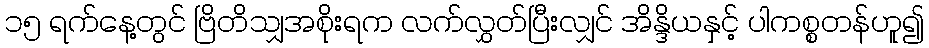
၁၅ ရက်နေ့တွင် ဗြိတိသျှအစိုးရက လက်လွှတ်ပြီးလျှင် အိန္ဒိယနှင့် ပါကစ္စတန်ဟူ၍